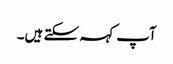
آپ کہہ سکتے ہیں۔